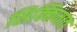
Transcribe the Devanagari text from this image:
सिक्किमात